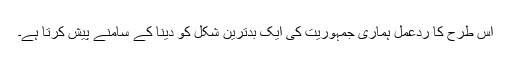
اس طرح کا ردعمل ہماری جمہوریت کی ایک بدترین شکل کو دینا کے سامنے پیش کرتا ہے۔